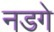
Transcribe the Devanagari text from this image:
नडगे